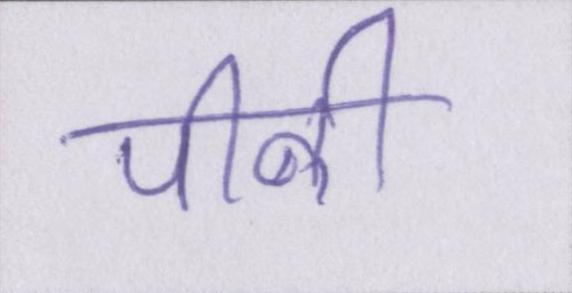
पीनी